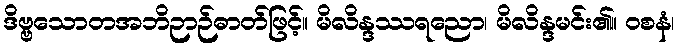
ဒိဗ္ဗသောတအဘိဉာဉ်ဓာတ်ဖြင့်။ မိလိန္ဒဿရညော၊ မိလိန္ဒမင်း၏။ ဝစနံ၊